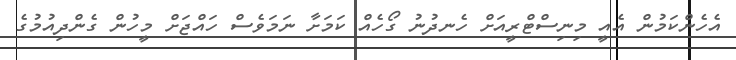
އެހެންކަމުން އެއީ މިނިސްޓްރީއަށް ހެނދުނު ގޯހެއް ކަމަށާ ނަމަވެސް ހައްޖަށް މީހުން ގެންދިއުމުގެ